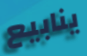
ينابيع